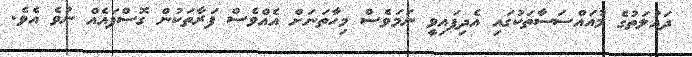
ދައުލަތުގެ މުއައްސަސާތަކުގައި އެދިފައިވީ ނަމަވެސް މިހާތަނަށް އެއްވެސް ފަރާތަކުން ގޮސްފައެއް ނުވެ އެވެ.